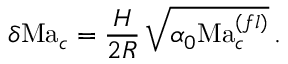
\delta \mathrm { M a } _ { c } = \frac { H } { 2 R } \, \sqrt { \alpha _ { 0 } \mathrm { M a } _ { c } ^ { ( f l ) } } \, . \